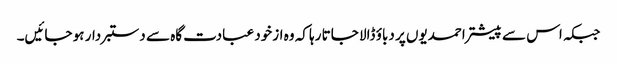
جبکہ اس سے پیشتر احمدیوں پر دباؤ ڈالا جاتا رہا کہ وہ ازخود عبادت گاہ سے دستبردار ہو جائیں۔